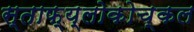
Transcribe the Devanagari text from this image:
स्ताफ्य्लोकोच्कल